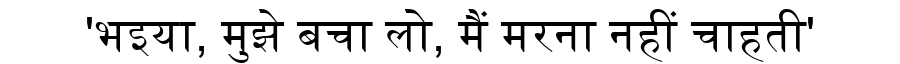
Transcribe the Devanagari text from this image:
'भइया, मुझे बचा लो, मैं मरना नहीं चाहती'